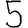
Digit: 5